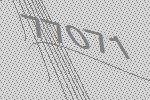
77071